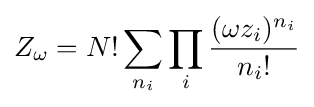
Z_{\omega }=N!\sum _{n_{i}}\prod _{i}{\frac {(\omega z_{i})^{n_{i}}}{n_{i}!}}